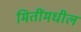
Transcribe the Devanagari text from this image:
मितींमधील